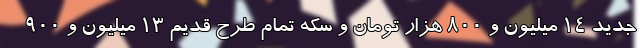
جدید ۱۴ میلیون و ۸۰۰ هزار تومان و سکه تمام طرح قدیم ۱۳ میلیون و ۹۰۰